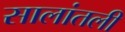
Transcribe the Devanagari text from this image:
सालांतली